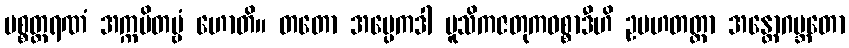
ပစ္စတ္ထရဏံ အက္ကမိတဗ္ဗံ ဟောတိ။ တတော အပ္ပေကဒါ မူသိကဇတုကဝစ္စာဒီဟိ ဥပဟတတ္တာ အန္တောဂဗ္ဘတော